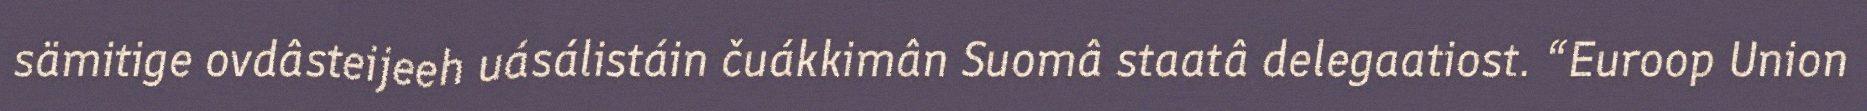
sämitige ovdâsteijeeh uásálistáin čuákkimân Suomâ staatâ delegaatiost. “Euroop Union